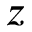
z